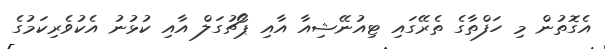
އެގޮތުން މި ހަފްތާގެ ތެރޭގައި ޓިއުނޭޝިއާ އާއި ޕޯޗުގަލް އާއި ކުޅުނު އެކުވެރިކަމުގެ